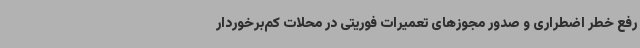
رفع خطر اضطراری و صدور مجوزهای تعمیرات فوریتی در محلات کم‌برخوردار